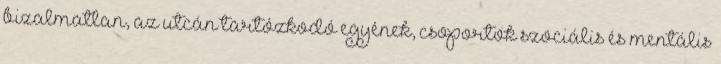
bizalmatlan, az utcán tartózkodó egyének, csoportok szociális és mentális